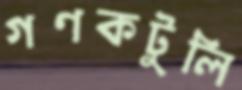
গণকটুলি